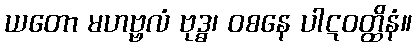
ယတော မဟဗ္ဗလံ ဗုဒ္ဓ၊ ဝစနေ ပါဋဝတ္ထိနံ။